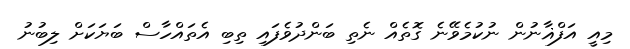
މިއީ އަފްޣާނުން ނުކުމެވޭނެ ގޮތެއް ނެތި ބަންދުވެފައި ތިބި އެތައްހާސް ބަޔަކަށް ލިބުނު